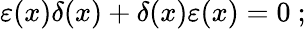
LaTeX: \varepsilon(x)\delta(x)+\delta(x)\varepsilon(x)=0~;